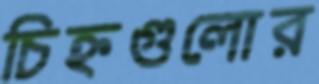
চিহ্নগুলোর